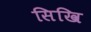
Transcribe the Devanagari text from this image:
सिखि